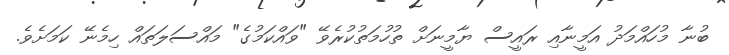
ބުނާ މުހައްމަދު އަމީނާއި ރައީސް ޔާމީނަށް ތުހުމަތުކުރެވޭ "ވައްކަމުގެ" މައްސަލަތައް ހިމެނޭ ކަމަށެވެ.